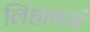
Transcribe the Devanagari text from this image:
लिहावसं